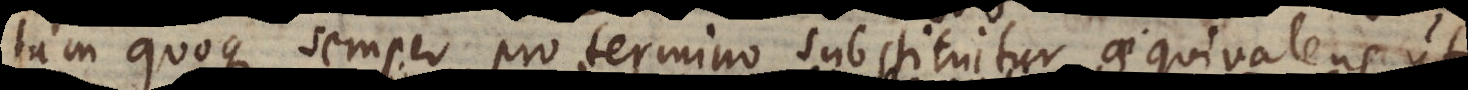
tum quoque semper pro termino substituitur aequivalens, u